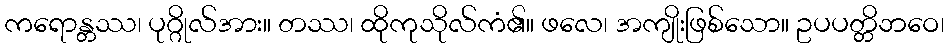
ကရောန္တဿ၊ ပုဂ္ဂိုလ်အား။ တဿ၊ ထိုကုသိုလ်ကံ၏။ ဖလေ၊ အကျိုးဖြစ်သော။ ဥပပတ္တိဘဝေ၊